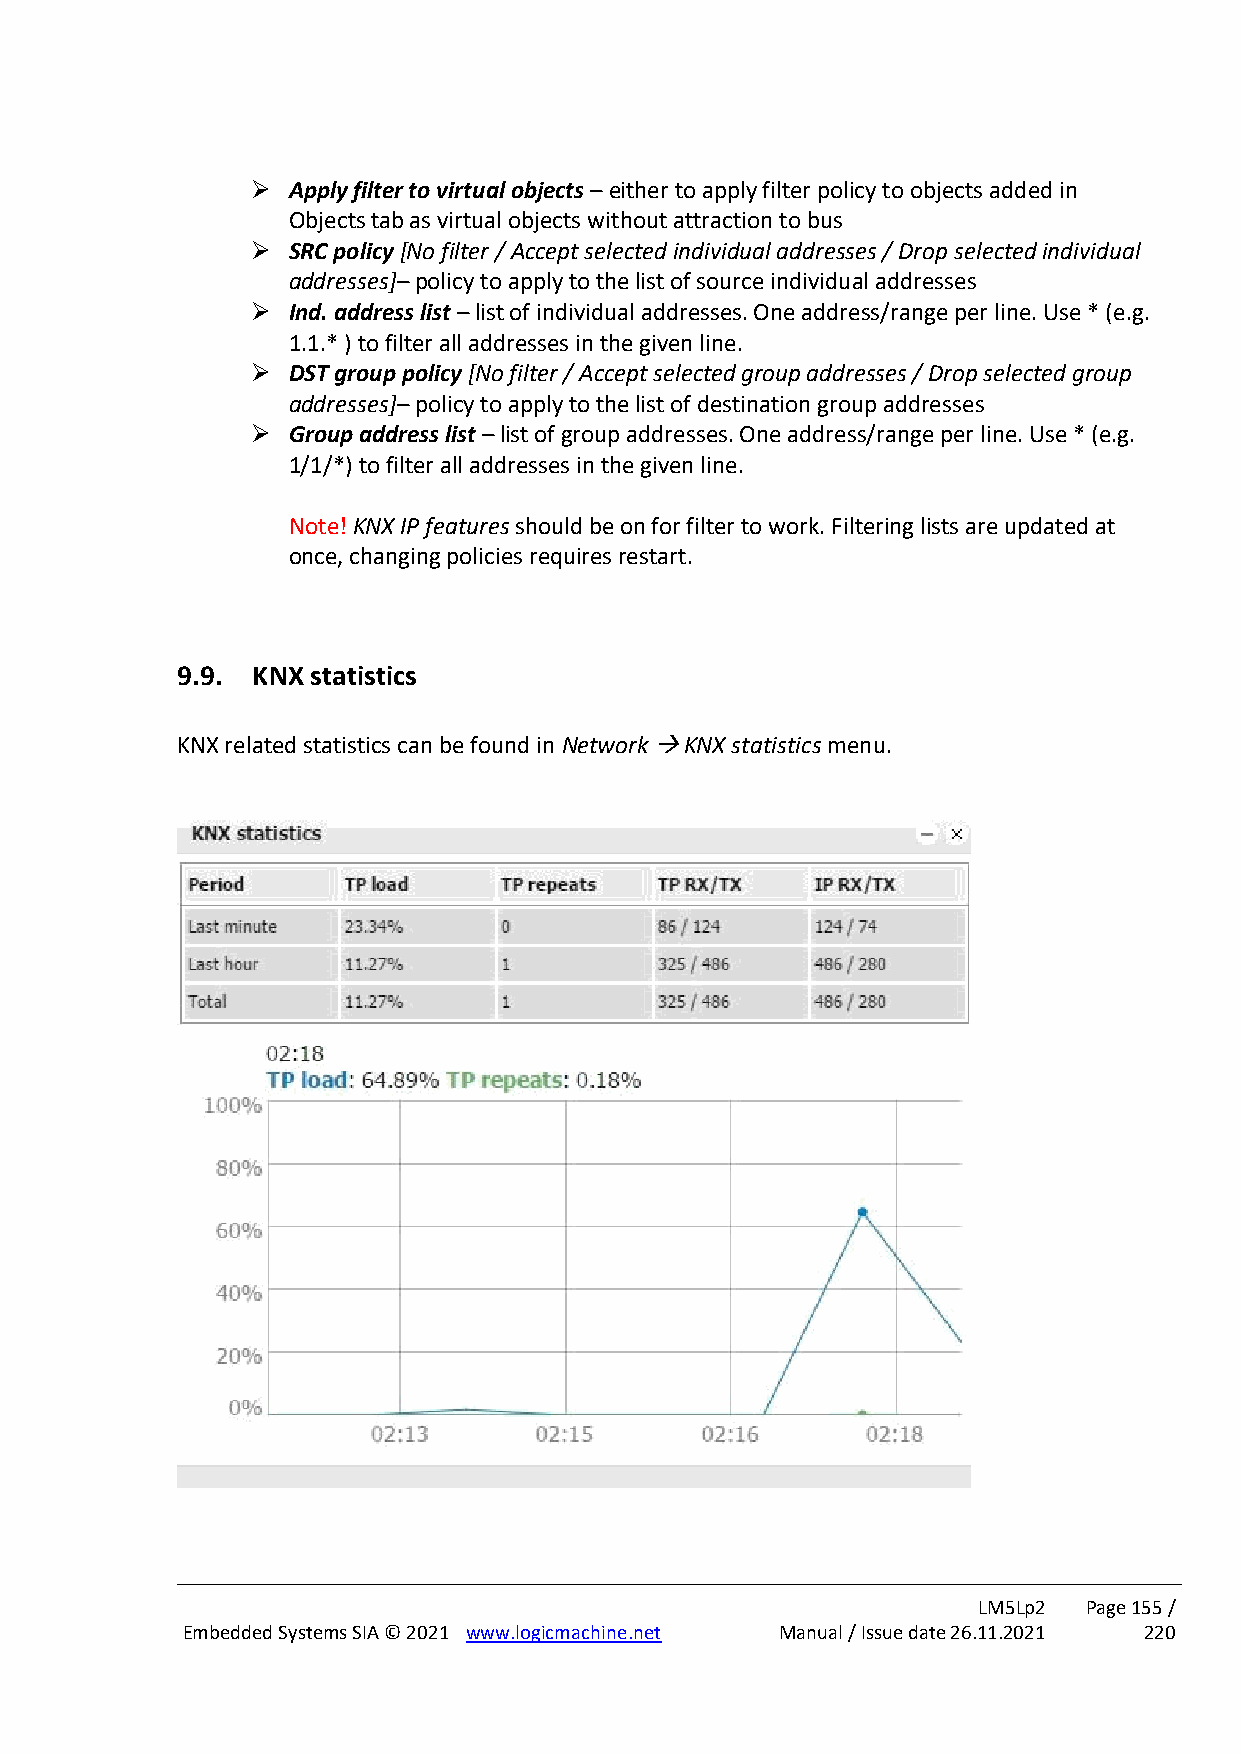
➢ Apply filter to virtual objects – either to apply filter policy to objects added in
 Objects tab as virtual objects without attraction to bus
 ➢ SRC policy [No filter / Accept selected individual addresses / Drop selected individual
 addresses]– policy to apply to the list of source individual addresses
 ➢ Ind. address list – list of individual addresses. One address/range per line. Use * (e.g.
 1.1.* ) to filter all addresses in the given line.
 ➢ DST group policy [No filter / Accept selected group addresses / Drop selected group
 addresses]– policy to apply to the list of destination group addresses
 ➢ Group address list – list of group addresses. One address/range per line. Use * (e.g.
 1/1/*) to filter all addresses in the given line.
 Note! KNX IP features should be on for filter to work. Filtering lists are updated at
 once, changing policies requires restart.
 9.9. KNX statistics
 KNX related statistics can be found in Network → KNX statistics menu.
 LM5Lp2 Page 155 /
 Embedded Systems SIA © 2021 www.logicmachine.net Manual / Issue date 26.11.2021 220